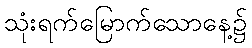
သုံးရက်မြောက်သောနေ့၌